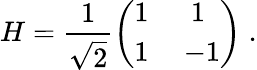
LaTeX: H=\frac{1}{\sqrt{2}}\left(\begin{array}{ll}{1~}&{~1}\\ {1~}&{-1}\end{array}\right)\; .